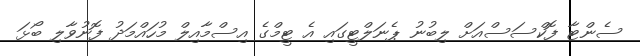
ސެންޓާ ފޮކްސަސްއަށް ލިބުނު ޕެނަލްޓީގައި އެ ޓީމްގެ އިސްމާއިލް މުހައްމަދު ފޮނުވާލި ބޯޅަ